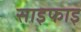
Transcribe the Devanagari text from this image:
साइफाइ